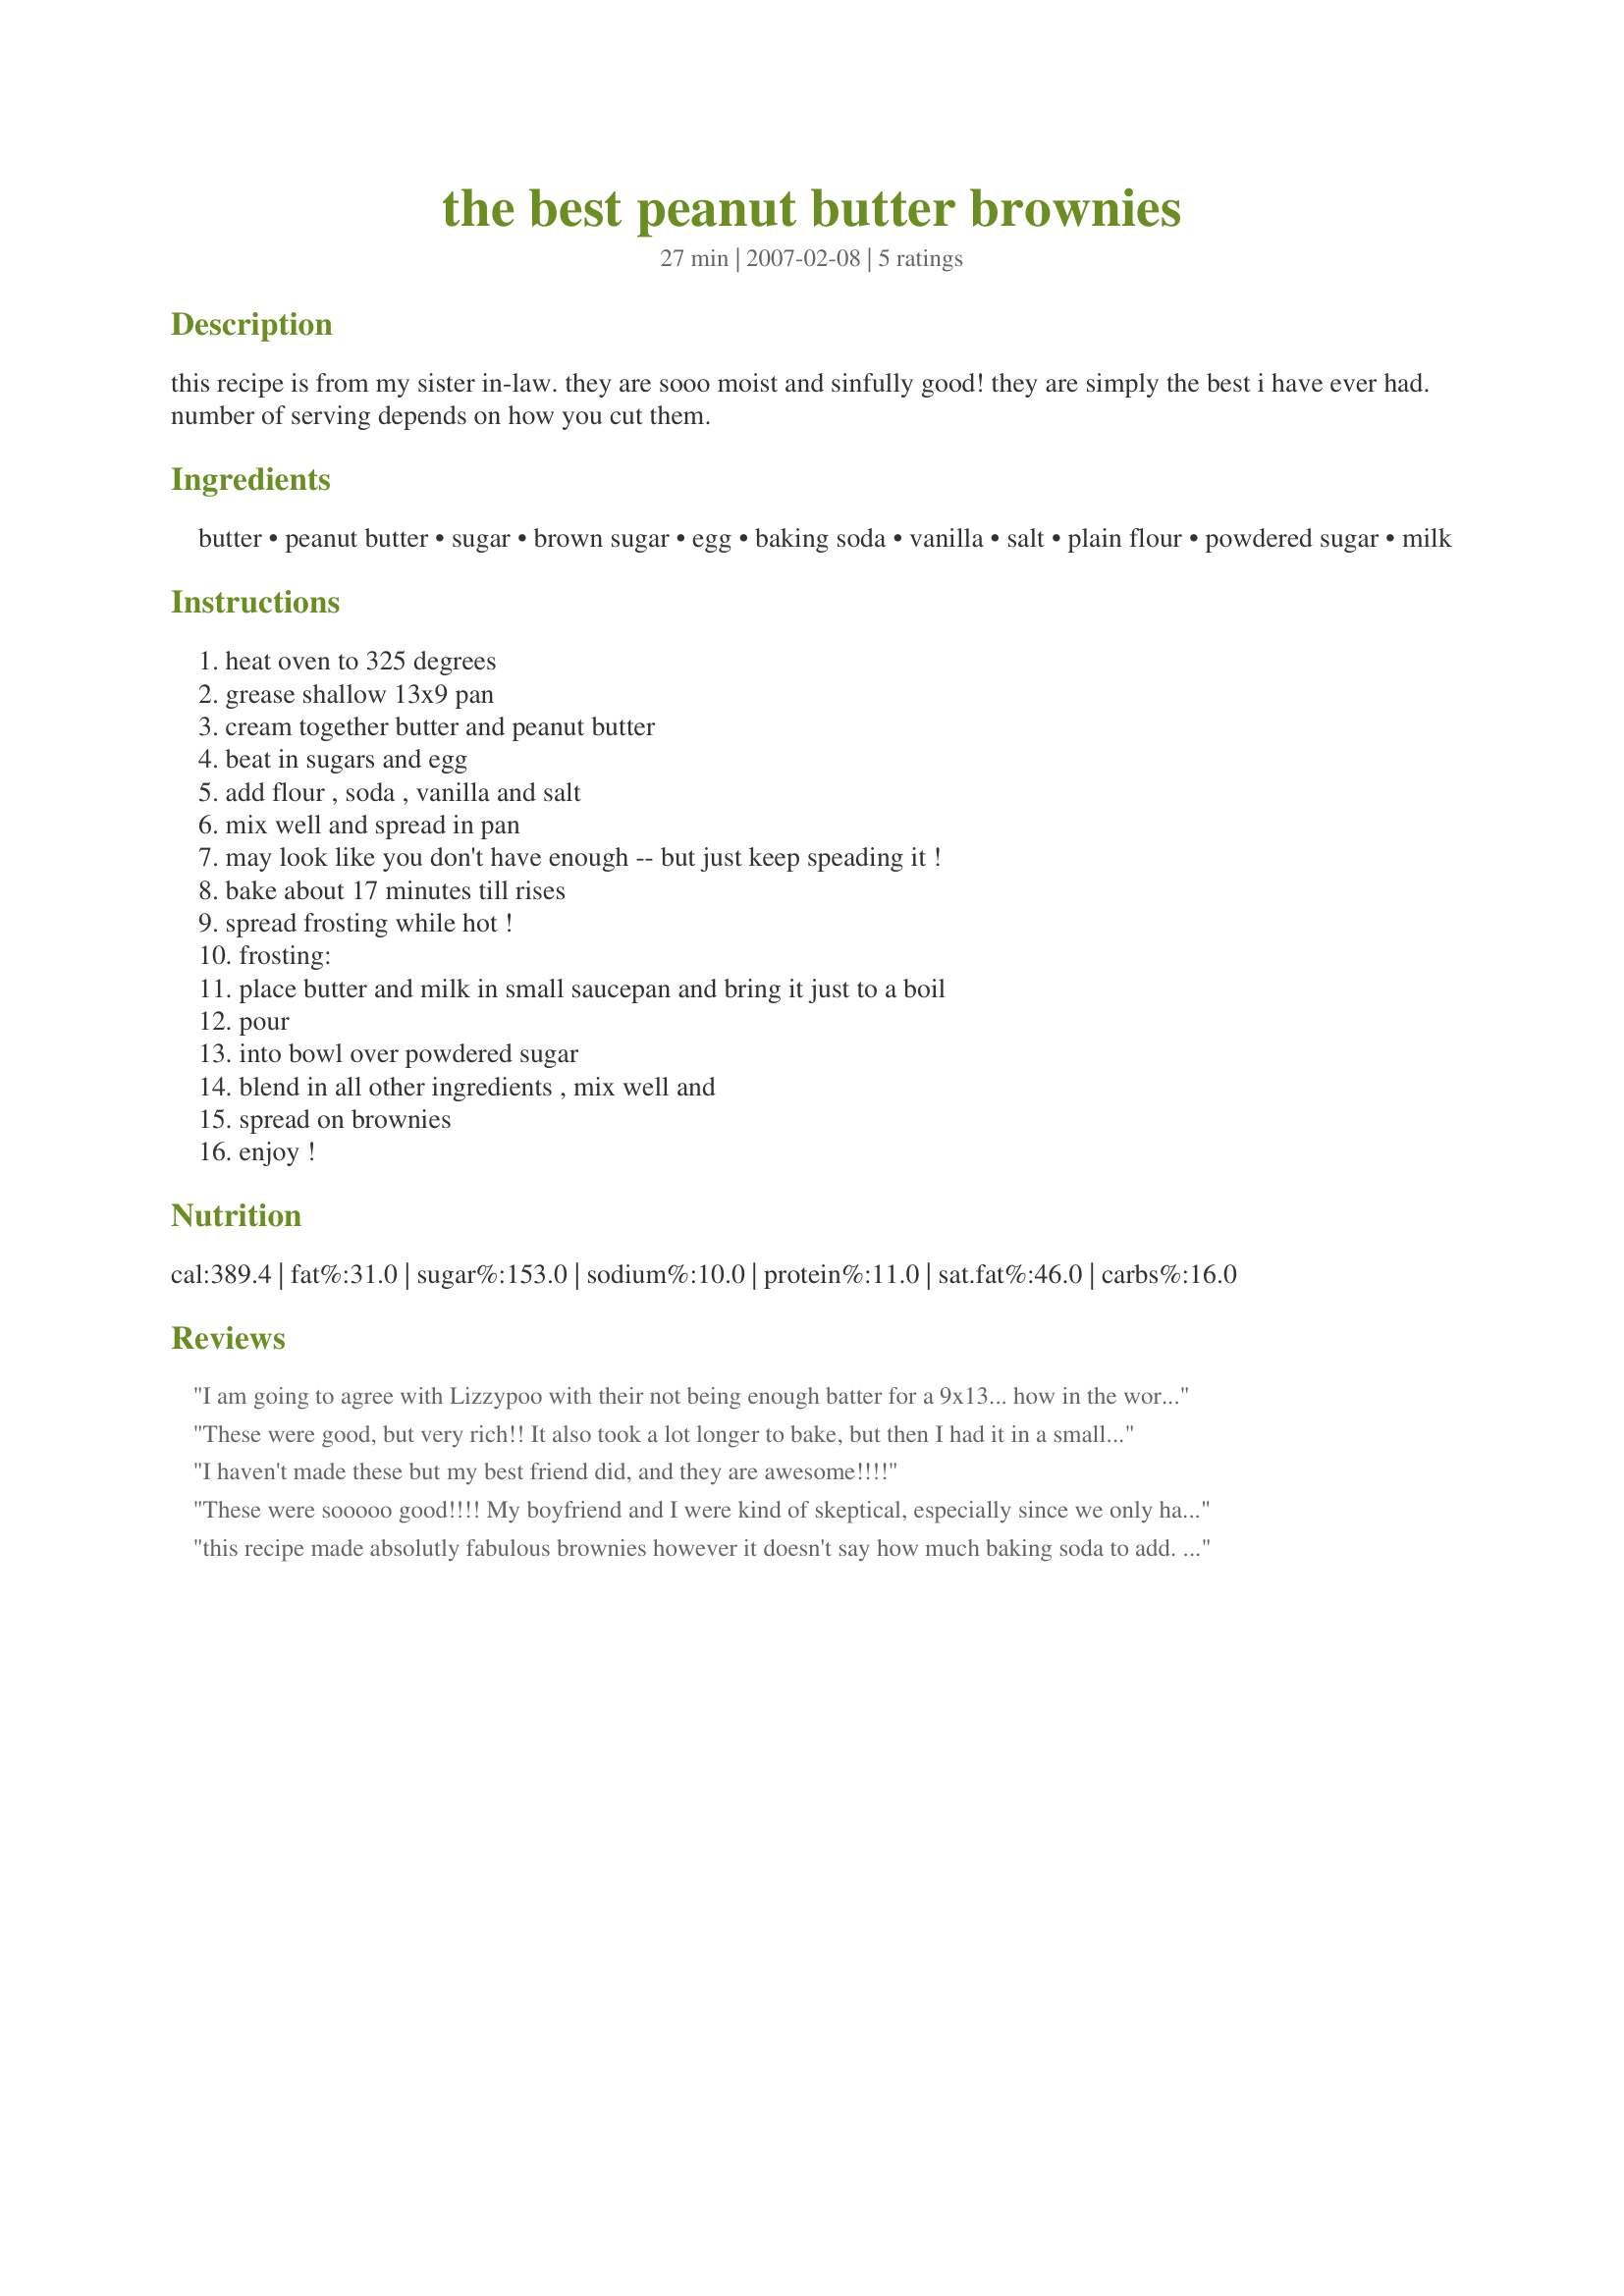
the best peanut butter brownies
Preparation time: 27 minutes

this recipe is from my sister in-law. they are sooo moist and sinfully good! they are simply the best i have ever had.
number of serving depends on how you cut them.

Ingredients:
butter, peanut butter, sugar, brown sugar, egg, baking soda, vanilla, salt, plain flour, powdered sugar, milk

Steps:
heat oven to 325 degrees, grease shallow 13x9 pan, cream together butter and peanut butter, beat in sugars and egg, add flour , soda , vanilla and salt, mix well and spread in pan, may look like you don't have enough -- but just keep speading it !, bake about 17 minutes till rises, spread frosting while hot !, frosting:, place butter and milk in small saucepan and bring it just to a boil, pour, into bowl over powdered sugar, blend in all other ingredients , mix well and, spread on brownies, enjoy !

Reviews:
I am going to agree with Lizzypoo with their not being enough batter for a 9x13... how in the world could this fit???? Has to be a typo. I fit perfectly in a 9 inch square. HOWEVER!!! On to the recipe.. WOW these are so good and the frosting was FABULOUS!!! Will make them again. I have been getting frustrate with the Zaar... I will find recipes with GREAT reviews.. tons of them and then they taste HORRIBLE but THESE are delish!!! Thank you for sharing
These were good, but very rich!! It also took a lot longer to bake, but then I had it in a smaller pan (per other reviews). The frosting is really, really good!
I haven't made these but my best friend did, and they are awesome!!!!
These were sooooo good!!!! My boyfriend and I were kind of skeptical, especially since we only had crunchy peanut butter but even that worked! The frosting is amazing!
this recipe made absolutly fabulous brownies however it doesn't say how much baking soda to add. i added 1/2 a teaspoon there also was not enough batter to fill a 9X13 pan so i put it in a square 9 inch and then it took like 45 minutes to cook but when they were finally done they were incredible frosted them with fudge icing yummy!
